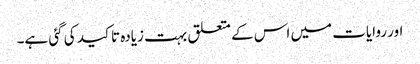
اور روایات میں اس کے متعلق بہت زیادہ تاکید کی گئی ہے۔